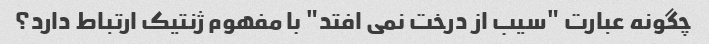
چگونه عبارت "سیب از درخت نمی افتد" با مفهوم ژنتیک ارتباط دارد؟